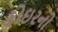
કોઇરનો